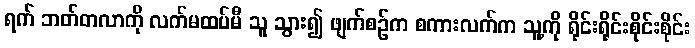
ရက် ဘတ်တလာကို လက်မထပ်မီ သူ သွား၍ ဖျက်စဉ်က စကားလက်က သူ့ကို ရိုင်းရိုင်းစိုင်းစိုင်း